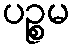
ပဉ္စမ